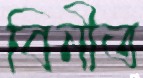
বিনীত